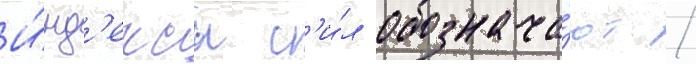
И́нд'ексы с'и́л обознача́ют /